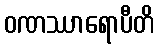
ဝဏဿာရောပီတိ